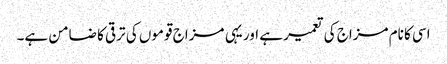
اسی کا نام مزاج کی تعمیر ہے اور یہی مزاج قوموں کی ترقی کا ضامن ہے۔